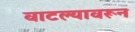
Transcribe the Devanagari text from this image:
वाटल्यावरून